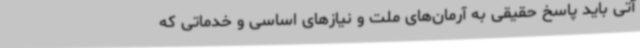
آتی باید پاسخ حقیقی به آرمان‌های ملت و نیازهای اساسی و خدماتی که